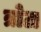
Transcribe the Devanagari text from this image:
त्रोटा